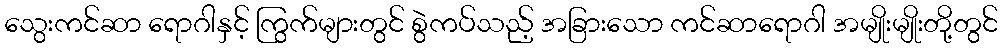
သွေးကင်ဆာ ရောဂါနှင့် ကြွက်များတွင် စွဲကပ်သည့် အခြားသော ကင်ဆာရောဂါ အမျိုးမျိုးတို့တွင်